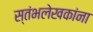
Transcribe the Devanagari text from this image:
स्तंभलेखकांना